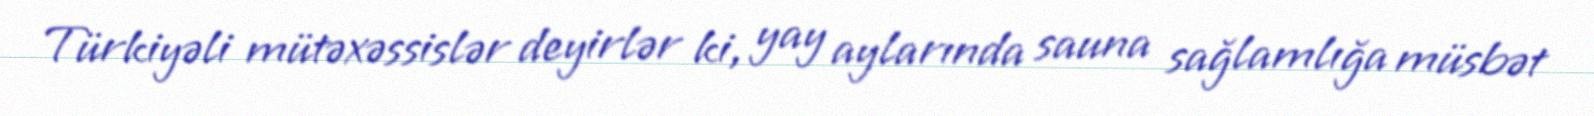
Türkiyəli mütəxəssislər deyirlər ki, yay aylarında sauna sağlamlığa müsbət